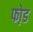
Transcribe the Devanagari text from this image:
फो़ड